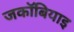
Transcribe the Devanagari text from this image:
जकॉबियाइ